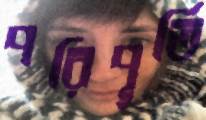
পরিপূর্তি